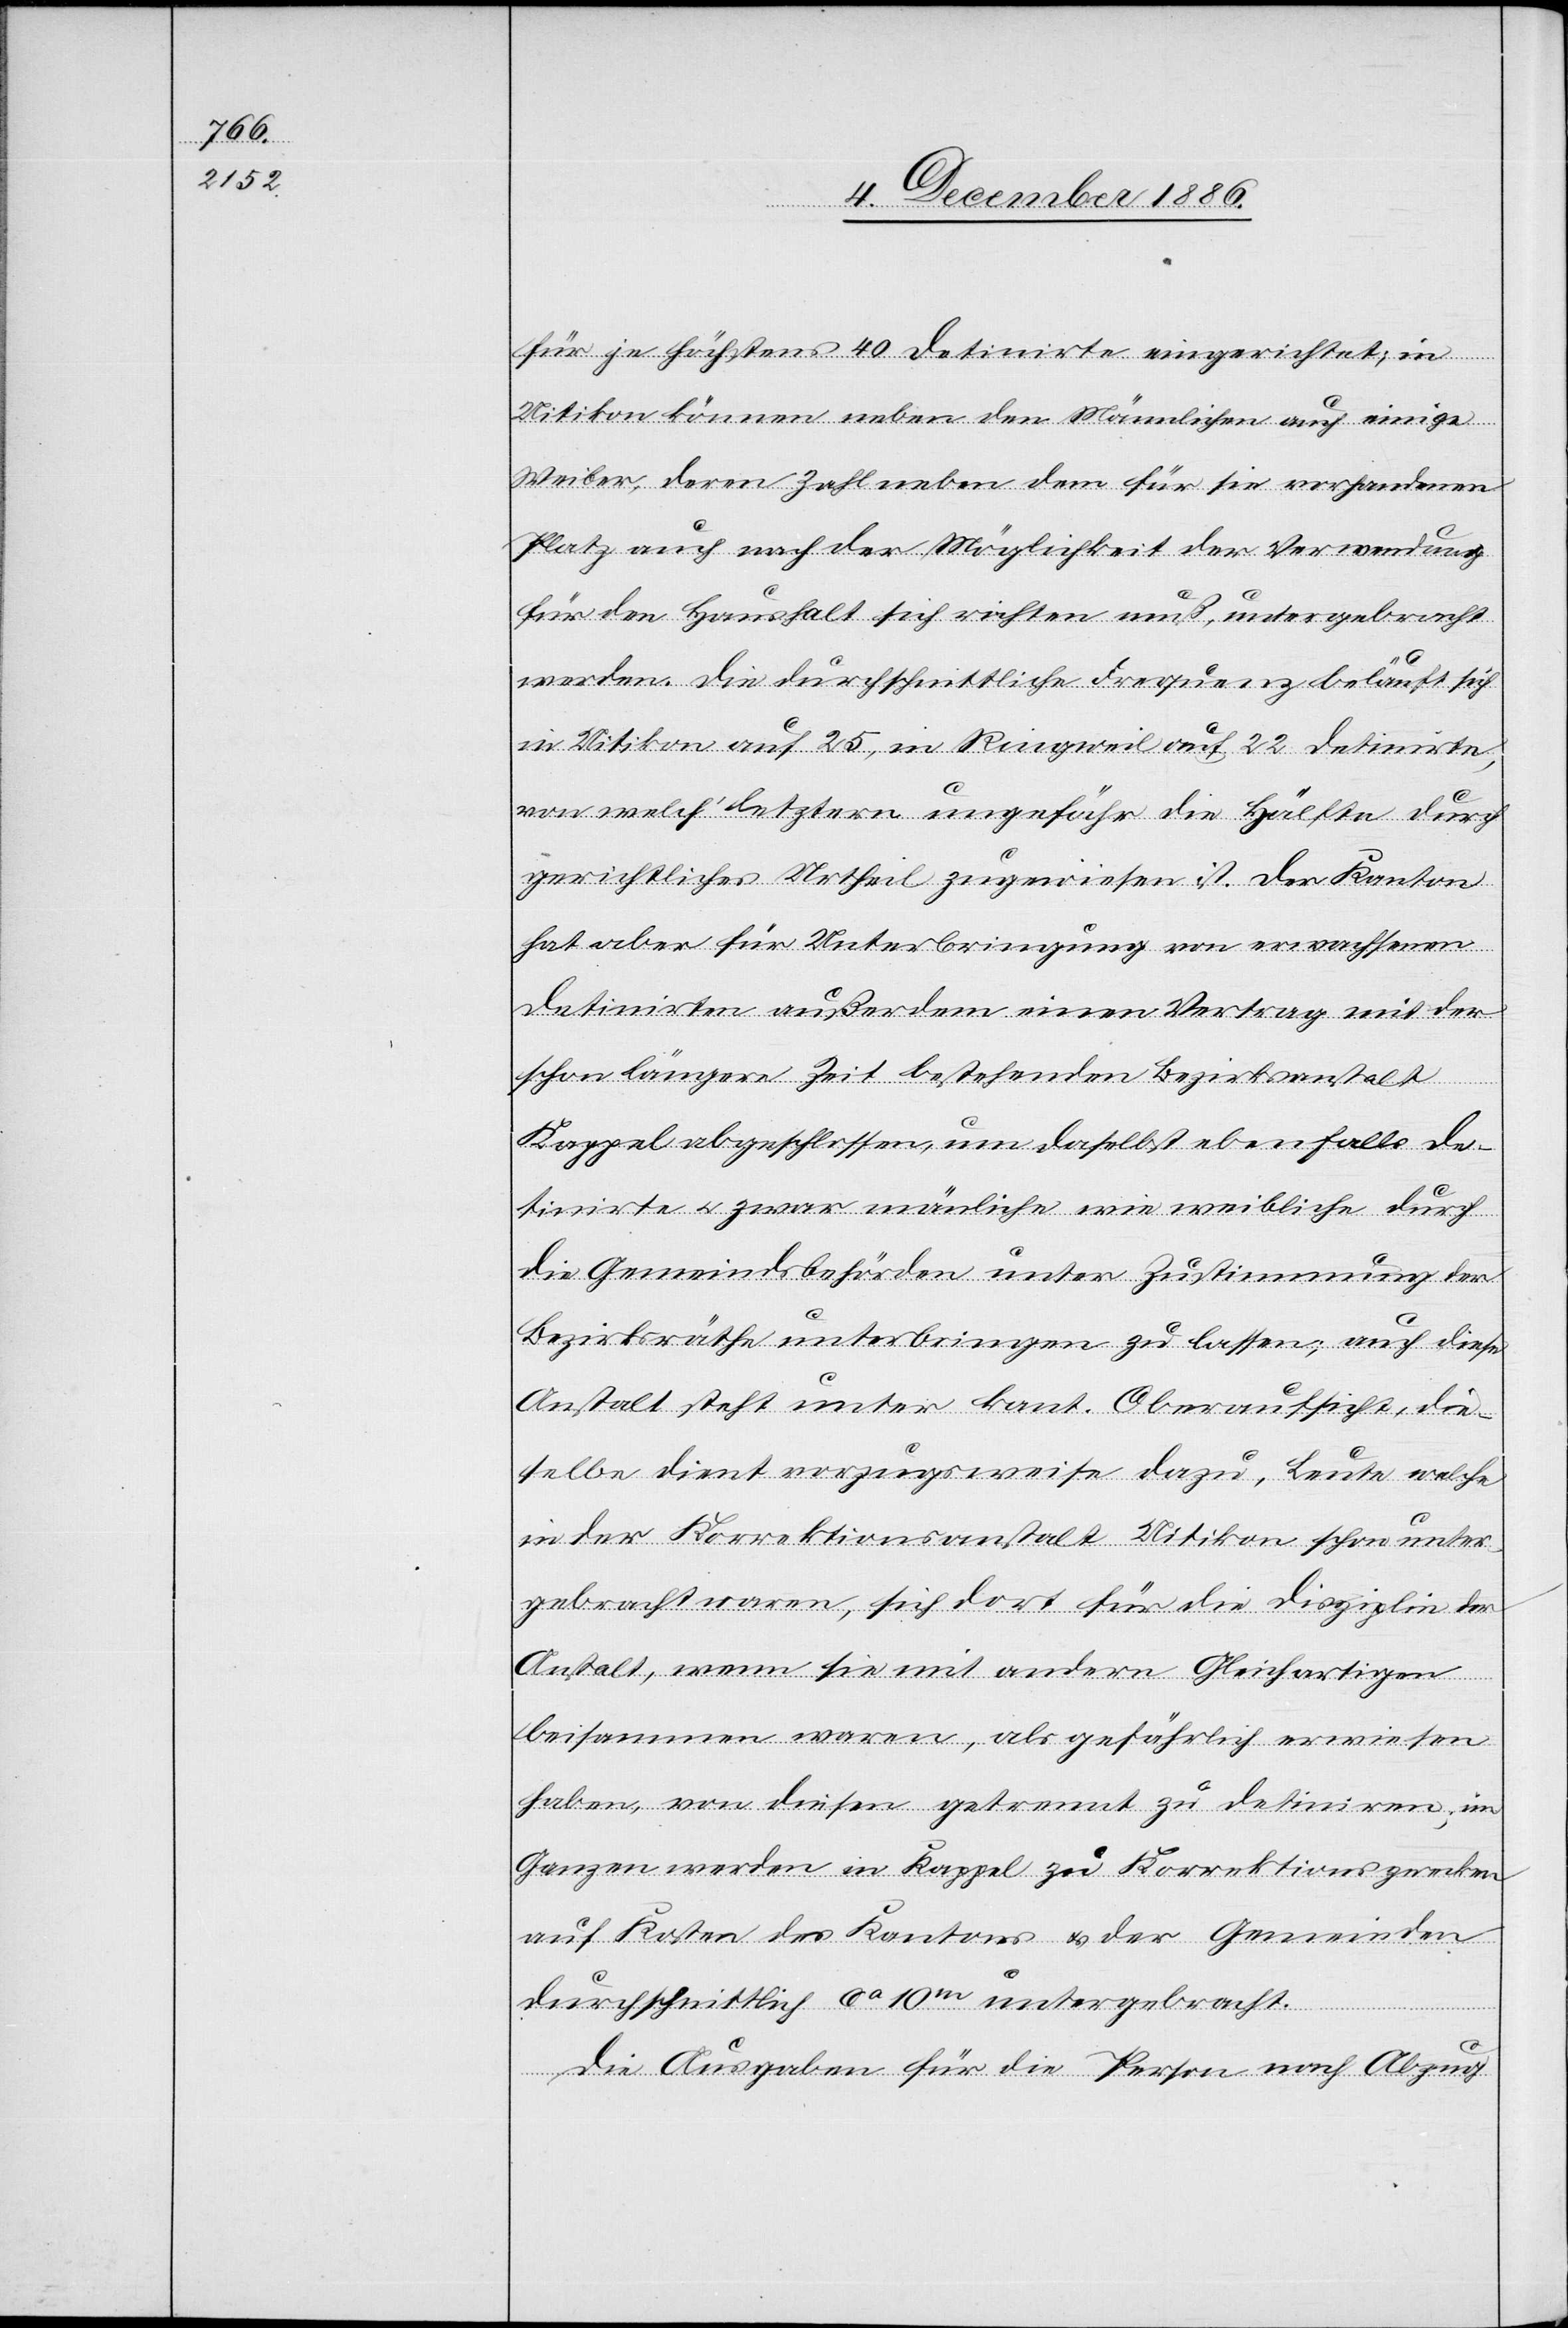
für je höchstens 40 Detinirte eingerichtet; in
Uitikon können neben den Männlichen auch einige
Weiber, deren Zahl neben dem für sie vorhandenen
Platz auch nach der Möglichkeit der Verwendung
für den Haushalt sich richten muß, untergebracht
werden. Die durchschnittliche Frequenz beläuft sich
in Uitikon auf 25, in Ringweil auf 22 Detinirte,
von welch’ letztern ungefähr die Hälfte durch
gerichtliches Urtheil zugewiesen ist. Der Kanton
hat aber für Unterbringung von erwachsenen
Detinirten außerdem einen Vertrag mit der
schon längere Zeit bestehenden Bezirksanstalt
Kappel abgeschlossen, um daselbst ebenfalls De¬
tinirte & zwar män[n]liche wie weibliche durch
die Gemeindsbehörden unter Zustimmung der
Bezirksräthe unterbringen zu lassen; auch diese
Anstalt steht unter kant. Oberaufsicht, die¬
selbe dient vorzugsweise dazu, Leute welche
in der Korrektionsanstalt Uitikon schon unter¬
gebracht waren, sich dort für die Disziplin der
Anstalt, wenn sie mit andern Gleichartigen
beisammen waren, als gefährlich erwiesen
haben, von diesen getrennt zu detiniren; im
Ganzen werden in Kappel zu Korrektionszwecken
auf Kosten des Kantons & der Gemeinden
durchschnittlich ca 10m [sic!] untergebracht.
Die Ausgaben für die Person nach Abzug